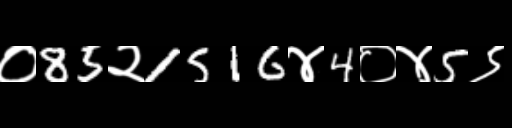
Text: ०85२1516४4०४5९